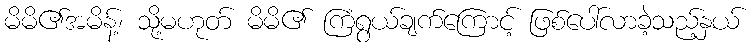
မိမိ၏အမိန့်၊ သို့မဟုတ် မိမိ၏ ကြံရွယ်ချက်ကြောင့် ဖြစ်ပေါ်လာခဲ့သည့်နှယ်